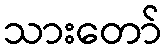
သားတော်